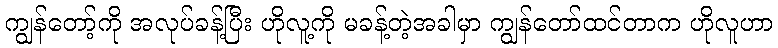
ကျွန်တော့်ကို အလုပ်ခန့်ပြီး ဟိုလူ့ကို မခန့်တဲ့အခါမှာ ကျွန်တော်ထင်တာက ဟိုလူဟာ